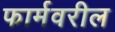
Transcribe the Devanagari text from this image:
फार्मवरील